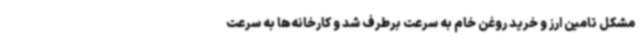
مشکل تامین ارز و خرید روغن خام به سرعت برطرف شد و کارخانه‌ها به سرعت